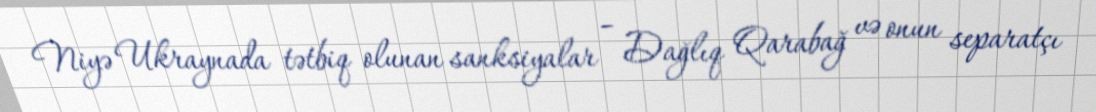
Niyə Ukraynada tətbiq olunan sanksiyalar – Dağlıq Qarabağ və onun separatçı